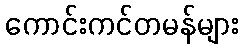
ကောင်းကင်တမန်များ